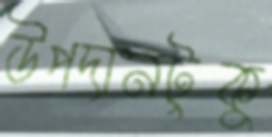
উপদানটুকু